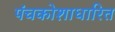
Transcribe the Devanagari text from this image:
पंचकोशाधारित